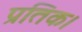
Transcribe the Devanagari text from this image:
प्रतिक।